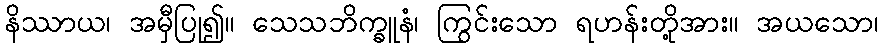
နိဿာယ၊ အမှီပြု၍။ သေသဘိက္ခူနံ၊ ကြွင်းသော ရဟန်းတို့အား။ အယသော၊